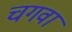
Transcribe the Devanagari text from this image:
चगवा